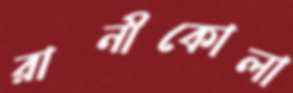
রানীকোলা